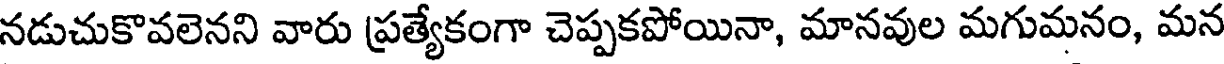
నడుచుకొవలెనని వారు ప్రత్యేకంగా చెప్పకపోయినా, మానవుల మగుమనం, మన